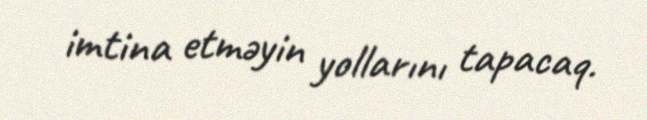
imtina etməyin yollarını tapacaq.